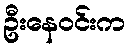
ဦးနေဝင်းက